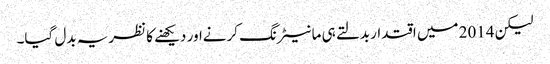
لیکن 2014 میں اقتدار بدلتے ہی مانیٹرنگ کرنےاور دیکھنے کا نظریہ بدل گیا۔